Civil Veterinary Department. Madras. Admin. report 1910-25 - 1910-1925
Year: 1910
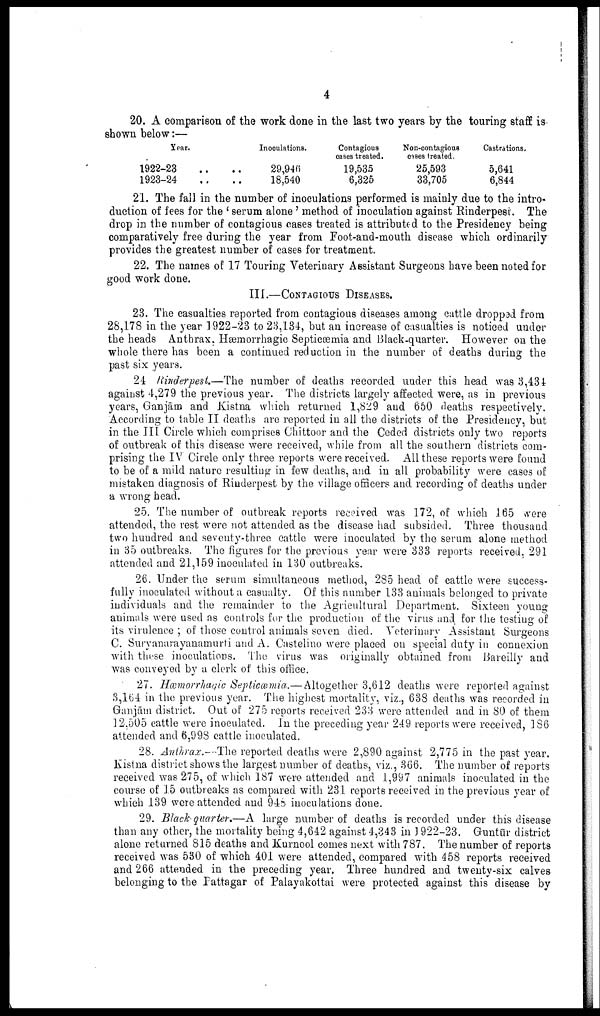
4
20. A comparison of the work done in the last two years by the touring staff is-
shown below:—
Year.
1922-23 ..
1923-24 ..
Inoculations.
.. 29,946
.. 18,540
Contagious
oases treated.
19,535
6,325
Non-contagious
cases treated.
25,593
33,705
Castrations.
5,641
6,844
21. The fall in the number of inoculations performed is mainly due to the intro
duction of fees for the 'serum alone' method of inoculation against Rinderpest. The
drop in the number of contagious cases treated is attributed to the Presidency being
comparatively free during the year from Foot-and-mouth disease which ordinarily
provides the greatest number of cases for treatment.
22. The names of 17 Touring Veterinary Assistant Surgeons have been noted for
good work done.
III.—CONTAGIOUS DISEASES.
23. The casualties reported from contagious diseases among cattle dropped from
28,178 in the year 1922-23 to 23,134, but an increase of casualties is noticed under
the heads Anthrax. Hæmorrhagic Septicæmia and Black-quarter. However on the
whole there has been a continued reduction in the number of deaths during the
past six years.
24 Rinderpest.—The number of deaths recorded under this head was 3,434
against 4,279 the previous year. The districts largely affected were, as in previous
years, Ganjām and Kistna which returned 1,829 and 650 deaths respectively.
According to table II deaths are reported in all the districts of the Presidency, but
in the III Circle which comprises Chittoor and the Ceded districts only two reports
of outbreak of this disease were received, while from all the southern districts com
prising the IV Circle only three reports were received. All these reports were found
to be of a mild nature resulting in few deaths, and in all probability were cases of
mistaken diagnosis of Rinderpest by the village officers and recording of deaths under
a wrong head.
25. The number of outbreak reports received was 172, of which 165 were
attended, the rest were not attended as the disease had subsided. Three thousand
two hundred and seventy-three cattle were inoculated by the serum alone method
in 35 outbreaks. The figures for the previous year were 333 reports received, 291
attended and 21,159 inoculated in 130 outbreaks.
26. Under the serum simultaneous method, 285 head of cattle were success
fully inoculated without a casualty. Of this number 133 animals belonged to private
individuals and the remainder to the Agricultural Department. Sixteen young
animals were used as controls for the production of the virus and for the testing of
its virulence ; of those control animals seven died. Veterinary Assistant Surgeons
C. Suryanarayanamurti and A. Castelino were placed on special duty in connexion
with these inoculations. The virus was originally obtained from Bareilly and
was conveyed by a clerk of this office.
27. Hæmorrhagic Septicæmia.—Altogether 3,612 deaths were reported against
3,164 in the previous year. The highest mortality, viz., 638 deaths was recorded in
Ganjām district. Out of 275 reports received 233 were attended and in 80 of them
12,505 cattle were inoculated. In the preceding year 249 reports were received, 186
attended and 6,998 cattle inoculated.
28. Anthrax.—The reported deaths were 2,890 against 2,775 in the past year.
Kistna district shows the largest number of deaths, viz., 366. The number of reports
received was 275, of which 187 were attended and 1,997 animals inoculated in the
course of 15 outbreaks as compared with 231 reports received in the previous year of
which 139 were attended and 946 inoculations done.
29. Black-quarter.—A large number of deaths is recorded under this disease
than any other, the mortality being 4,642 against 4,343 in 1922-23. Guntur district
alone returned 815 deaths and Kurnool comes next with 787. The number of reports
received was 530 of which 401 were attended, compared with 458 reports received
and 266 attended in the preceding year. Three hundred and twenty-six calves
belonging to the Pattagar of Palayakottai were protected against this disease by